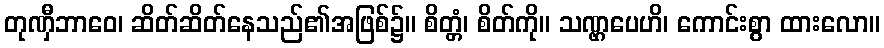
တုဏှီဘာဝေ၊ ဆိတ်ဆိတ်နေသည်၏အဖြစ်၌။ စိတ္တံ၊ စိတ်ကို။ သဏ္ဌပေဟိ၊ ကောင်းစွာ ထားလော။